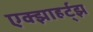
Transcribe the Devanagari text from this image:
एक्झाहर्ट्‌झ